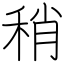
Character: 稍